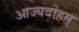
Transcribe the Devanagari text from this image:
आज्यदोहम्